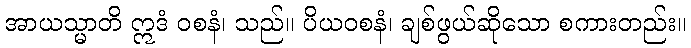
အာယသ္မာတိ ဣဒံ ဝစနံ၊ သည်။ ပိယဝစနံ၊ ချစ်ဖွယ်ဆိုသော စကားတည်း။